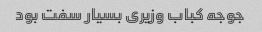
جوجه کباب وزیری بسیار سفت بود